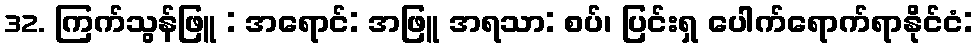
32. ကြက်သွန်ဖြူ : အရောင်: အဖြူ အရသာ: စပ်၊ ပြင်းရှ ပေါက်ရောက်ရာနိုင်ငံ: